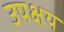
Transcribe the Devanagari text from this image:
उपक्षय